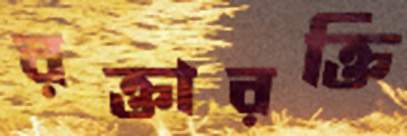
রক্তারক্তি